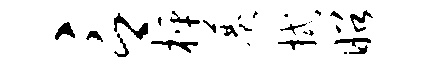
言枰巷拭昭